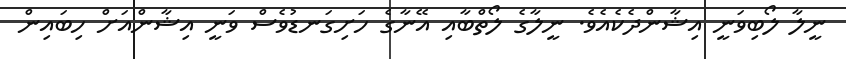
ނީލާ ލޯބިވަނީ އިޝާންދެކެއެވެ. ނީލާގެ ލޯތްބާއި އޭނާގެ ހަށިގަނޑުވެސް ވަނީ އިޝާންއަށް ހިބައިން